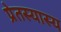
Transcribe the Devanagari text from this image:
प्रेतस्यास्य